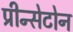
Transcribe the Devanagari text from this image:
प्रीन्सेटोन